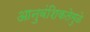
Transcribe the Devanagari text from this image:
आनुवंशिकतेमुळे